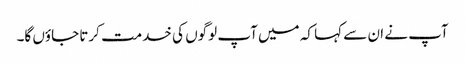
آپ نے ان سے کہا کہ میں آپ لوگوں کی خدمت کرتا جاؤں گا۔